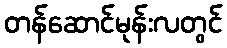
တန်ဆောင်မုန်းလတွင်